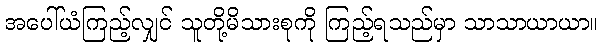
အပေါ်ယံကြည့်လျှင် သူတို့မိသားစုကို ကြည့်ရသည်မှာ သာသာယာယာ။